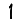
Digit: 1